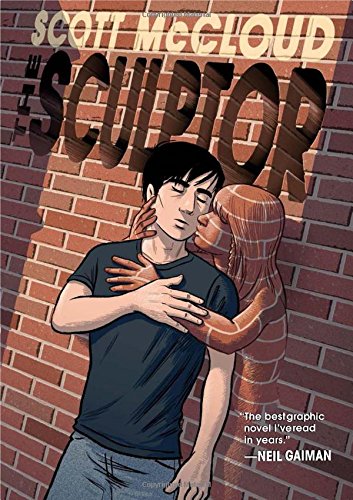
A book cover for The Sculptor; Scott McCloud; Comics & Graphic Novels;